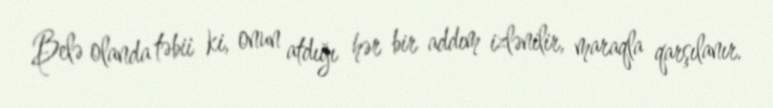
Belə olanda təbii ki, onun atdığı hər bir addım izlənilir, maraqla qarşılanır.